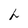
Character: f